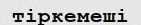
тіркемеші